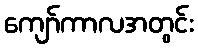
ကျော်ကာလအတွင်း